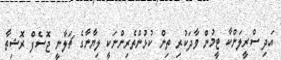
އަދި ސްރީލަންކާ ޓީމުން ވާދަކުރި ތިން ކުޅުންތެރިންނަކީ ލިޔާނާގެ ޗަލާނީ ޖޮސެފް ރޮޝިތާ